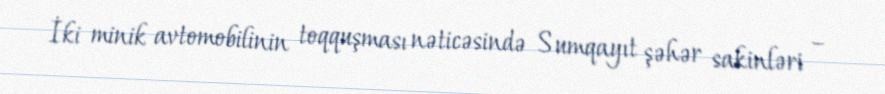
İki minik avtomobilinin toqquşması nəticəsində Sumqayıt şəhər sakinləri –